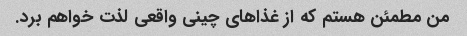
من مطمئن هستم که از غذاهای چینی واقعی لذت خواهم برد.